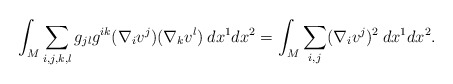
\begin{align*} \int_M \sum_{i,j,k,l} g_{jl} g^{ik} (\nabla_i v^j) (\nabla_k v^l) \: dx^1 dx^2 =\int_M \sum_{i,j} (\nabla_i v^j)^2 \: dx^1 dx^2.\end{align*}